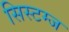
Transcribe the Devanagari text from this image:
सिस्टम्ज